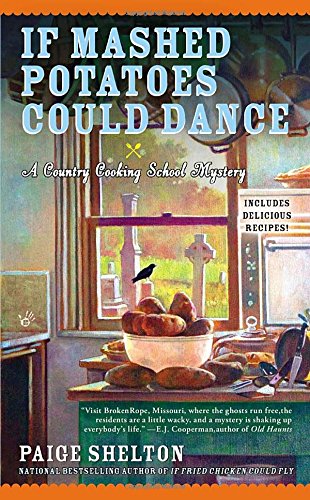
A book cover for If Mashed Potatoes Could Dance (Country Cooking School Mysteries); Paige Shelton; Cookbooks, Food & Wine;